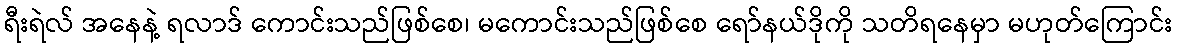
ရီးရဲလ် အနေနဲ့ ရလာဒ် ကောင်းသည်ဖြစ်စေ၊ မကောင်းသည်ဖြစ်စေ ရော်နယ်ဒိုကို သတိရနေမှာ မဟုတ်ကြောင်း